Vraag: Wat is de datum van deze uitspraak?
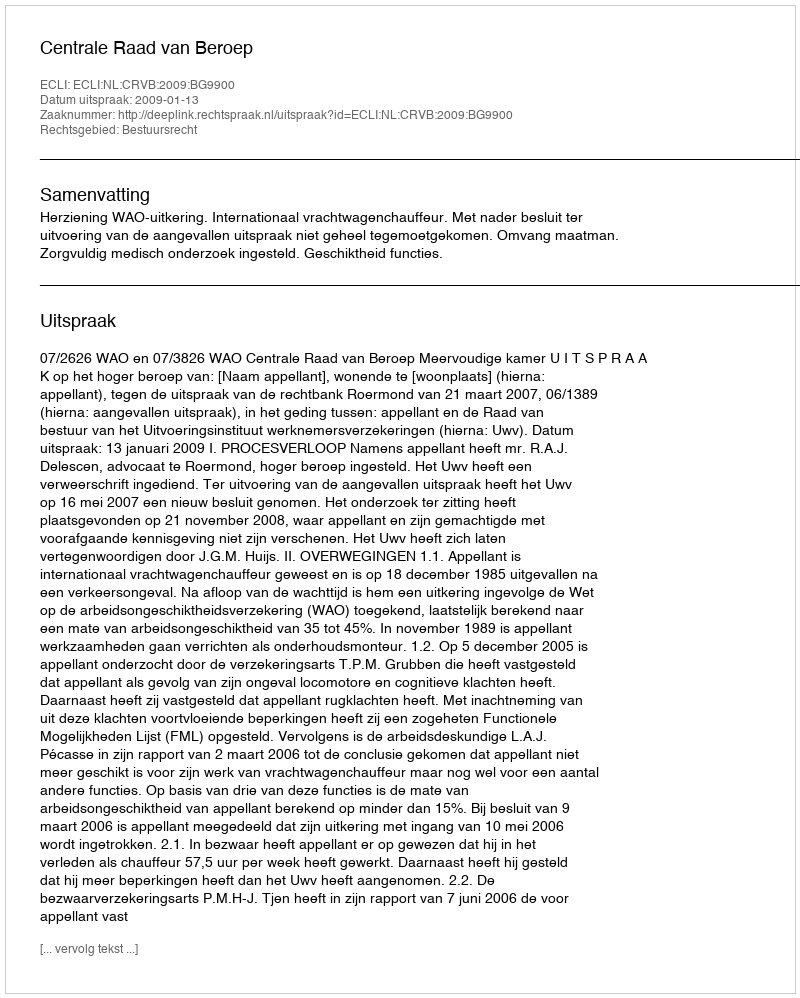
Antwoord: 2009-01-13